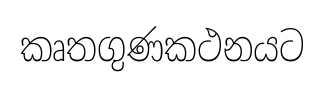
කෘතගුණකථනයට